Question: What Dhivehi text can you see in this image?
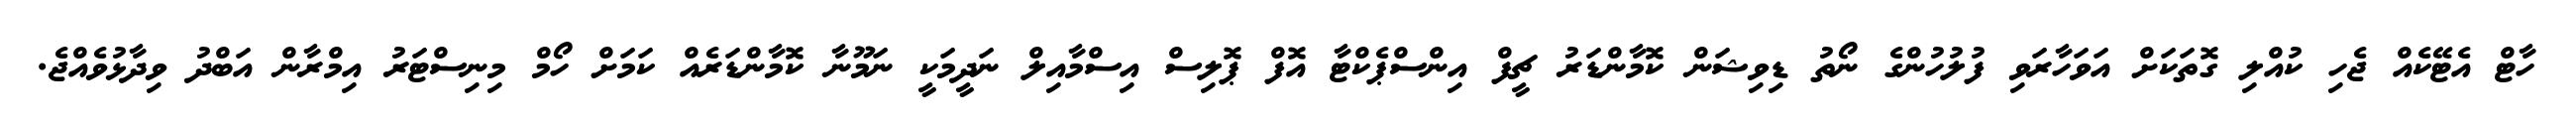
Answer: ހާޓް އެޓޭކެއް ޖެހި ކުއްލި ގޮތަކަށް އަވަހާރަވި ފުލުހުންގެ ނޯތު ޑިވިޝަން ކޮމާންޑަރު ޗީފް އިންސްޕެކްޓާ އޮފް ޕޮލިސް އިސްމާއިލް ނަދީމަކީ ނަމޫނާ ކޮމާންޑަރެއް ކަމަށް ހޯމް މިނިސްޓަރު އިމްރާން އަބްދު ވިދާޅުވެއްޖެ.